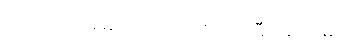
ဆော့တဲ့ အခါမှာလည်း သတိထား ပြီးဆော့ရမှာပါ။